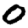
Digit: 0